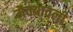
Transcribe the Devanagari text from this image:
मैक्यावली